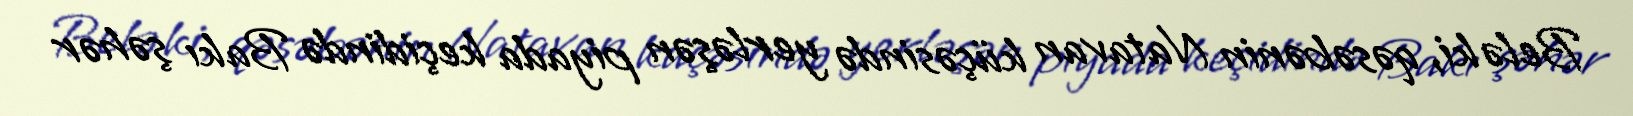
Belə ki, qəsəbənin Natavan küçəsində yerləşən piyada keçidində Bakı şəhər